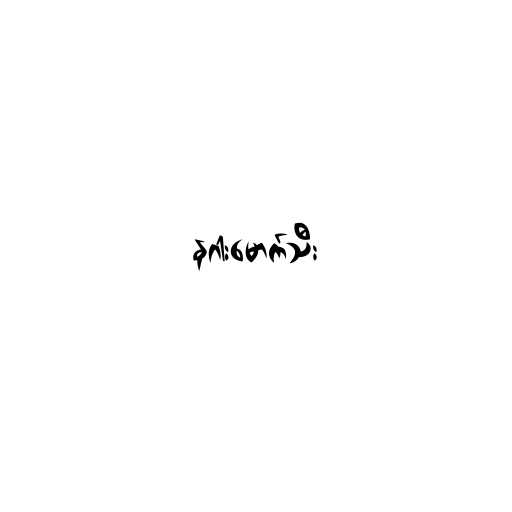
နဂါးမောက်သီး